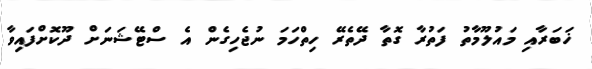
ޚަބަރާއި މައުލޫމާތު ފަތުރާ ގޮތާ ދޭތެރޭ ހިތްހަމަ ނުޖެހިގެން އެ ސްޓޭޝަނަށް ދޫކޮށްފައިވާ